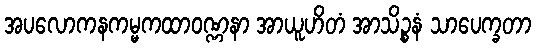
အပလောကနကမ္မကထာဝဏ္ဏနာ အာယူဟိတံ အာသိဉ္စနံ သာပေက္ခတာ